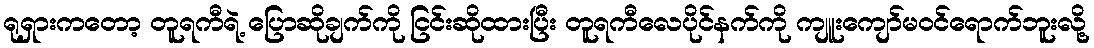
ရုရှားကတော့ တူရကီရဲ့ ပြောဆိုချက်ကို ငြင်းဆိုထားပြီး တူရကီလေပိုင်နက်ကို ကျူးကျော်မဝင်ရောက်ဘူးလို့